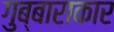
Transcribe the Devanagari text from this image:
गुब्बाराकार